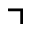
\urcorner